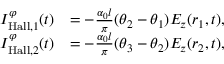
\begin{array} { r l } { I _ { \mathrm { H a l l } , 1 } ^ { \varphi } ( t ) } & { = - \frac { \alpha _ { 0 } l } { \pi } ( \theta _ { 2 } - \theta _ { 1 } ) E _ { z } ( r _ { 1 } , t ) , } \\ { I _ { \mathrm { H a l l } , 2 } ^ { \varphi } ( t ) } & { = - \frac { \alpha _ { 0 } l } { \pi } ( \theta _ { 3 } - \theta _ { 2 } ) E _ { z } ( r _ { 2 } , t ) , } \end{array}